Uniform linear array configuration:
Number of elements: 16
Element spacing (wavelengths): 0.75
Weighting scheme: hann
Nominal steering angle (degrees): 0
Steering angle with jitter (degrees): -0.4149
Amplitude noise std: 0.05
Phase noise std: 0.05

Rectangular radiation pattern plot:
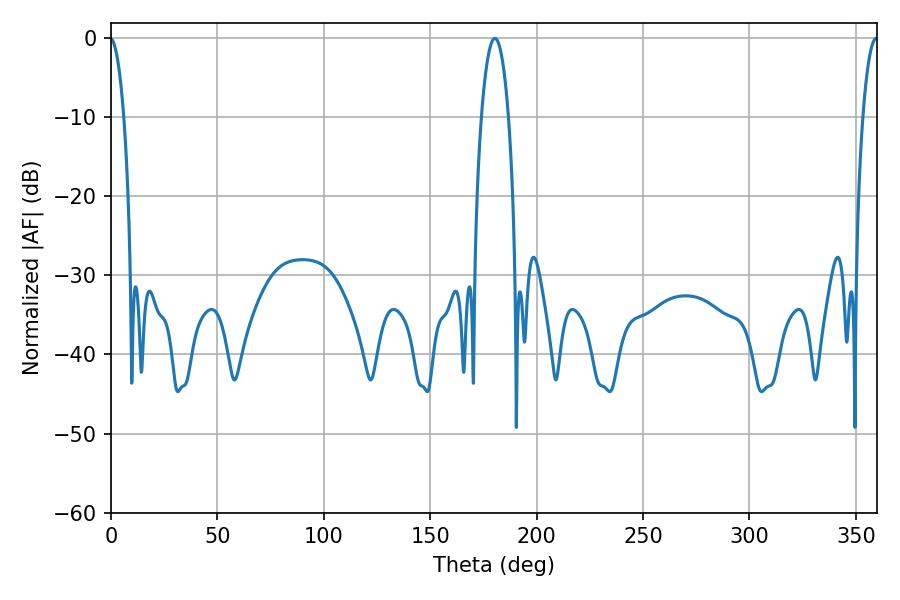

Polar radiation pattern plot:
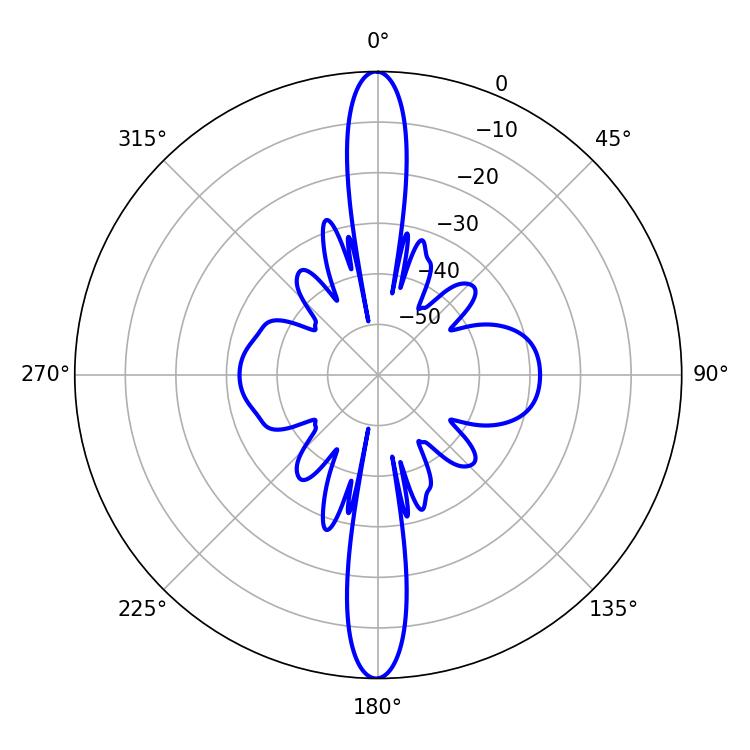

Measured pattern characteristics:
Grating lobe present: TRUE
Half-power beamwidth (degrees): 7.2
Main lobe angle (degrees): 180.36